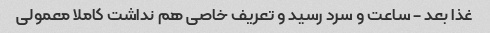
غذا بعد - ساعت و سرد رسید و تعریف خاصی هم نداشت کاملا معمولی